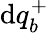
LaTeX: \mathrm{d}q_{b}^{+}